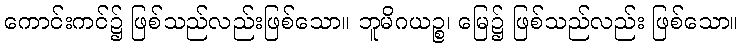
ကောင်းကင်၌ ဖြစ်သည်လည်းဖြစ်သော။ ဘူမိဂယဉ္စ၊ မြေ၌ ဖြစ်သည်လည်း ဖြစ်သော။